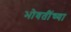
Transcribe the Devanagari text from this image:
भोवतींच्या